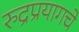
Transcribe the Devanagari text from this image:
रुद्रप्रयागचे